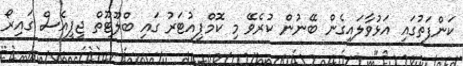
ކަންފަތުގައި އަޅުވާލައިގެން ބޭނުން ކުރެވޭ މި ކޮމްޕިއުޓަރު ގައި ބްލޫޓޫތް ޖީޕީއެސް ގައިރޯ